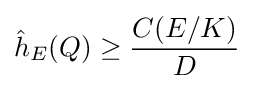
{\hat {h}}_{E}(Q)\geq {\frac {C(E/K)}{D}}